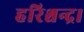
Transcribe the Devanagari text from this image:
हरिश्चन्द्र।